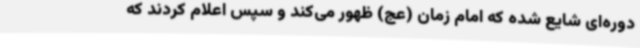
دوره‌ای شایع شده که امام زمان (عج) ظهور می‌کند و سپس اعلام کردند که